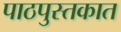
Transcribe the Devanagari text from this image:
पाठपुस्तकात